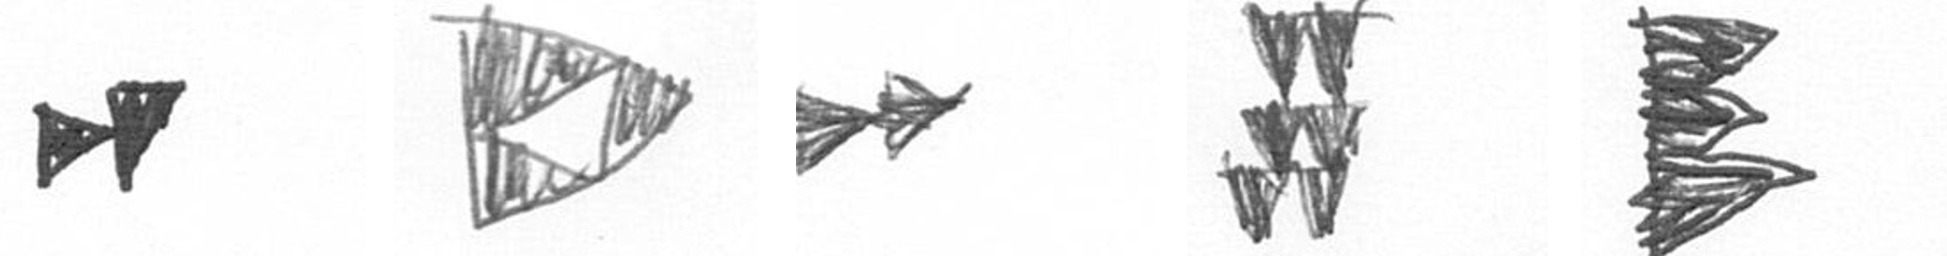
M K A Y H